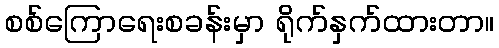
စစ်ကြောရေးစခန်းမှာ ရိုက်နှက်ထားတာ။